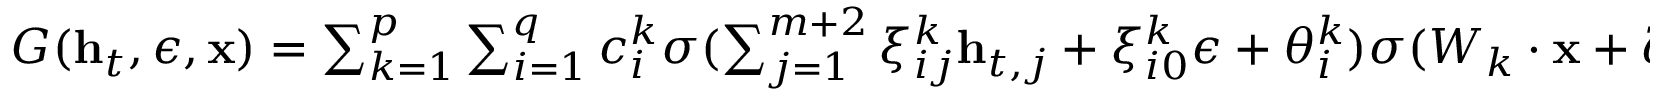
\begin{array} { r } { G ( \mathbf { h } _ { t } , \epsilon , \mathbf { x } ) = \sum _ { k = 1 } ^ { p } \sum _ { i = 1 } ^ { q } c _ { i } ^ { k } \sigma ( \sum _ { j = 1 } ^ { m + 2 } \xi _ { i j } ^ { k } \mathbf { h } _ { t , j } + \xi _ { i 0 } ^ { k } \epsilon + \theta _ { i } ^ { k } ) \sigma ( W _ { k } \cdot \mathbf { x } + \zeta _ { k } ) + b _ { 0 } , } \end{array}